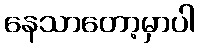
နေသာတော့မှာပါ